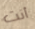
أنت